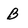
Character: B